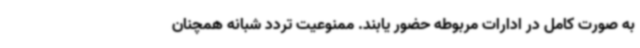
به صورت کامل در ادارات مربوطه حضور یابند. ممنوعیت تردد شبانه همچنان